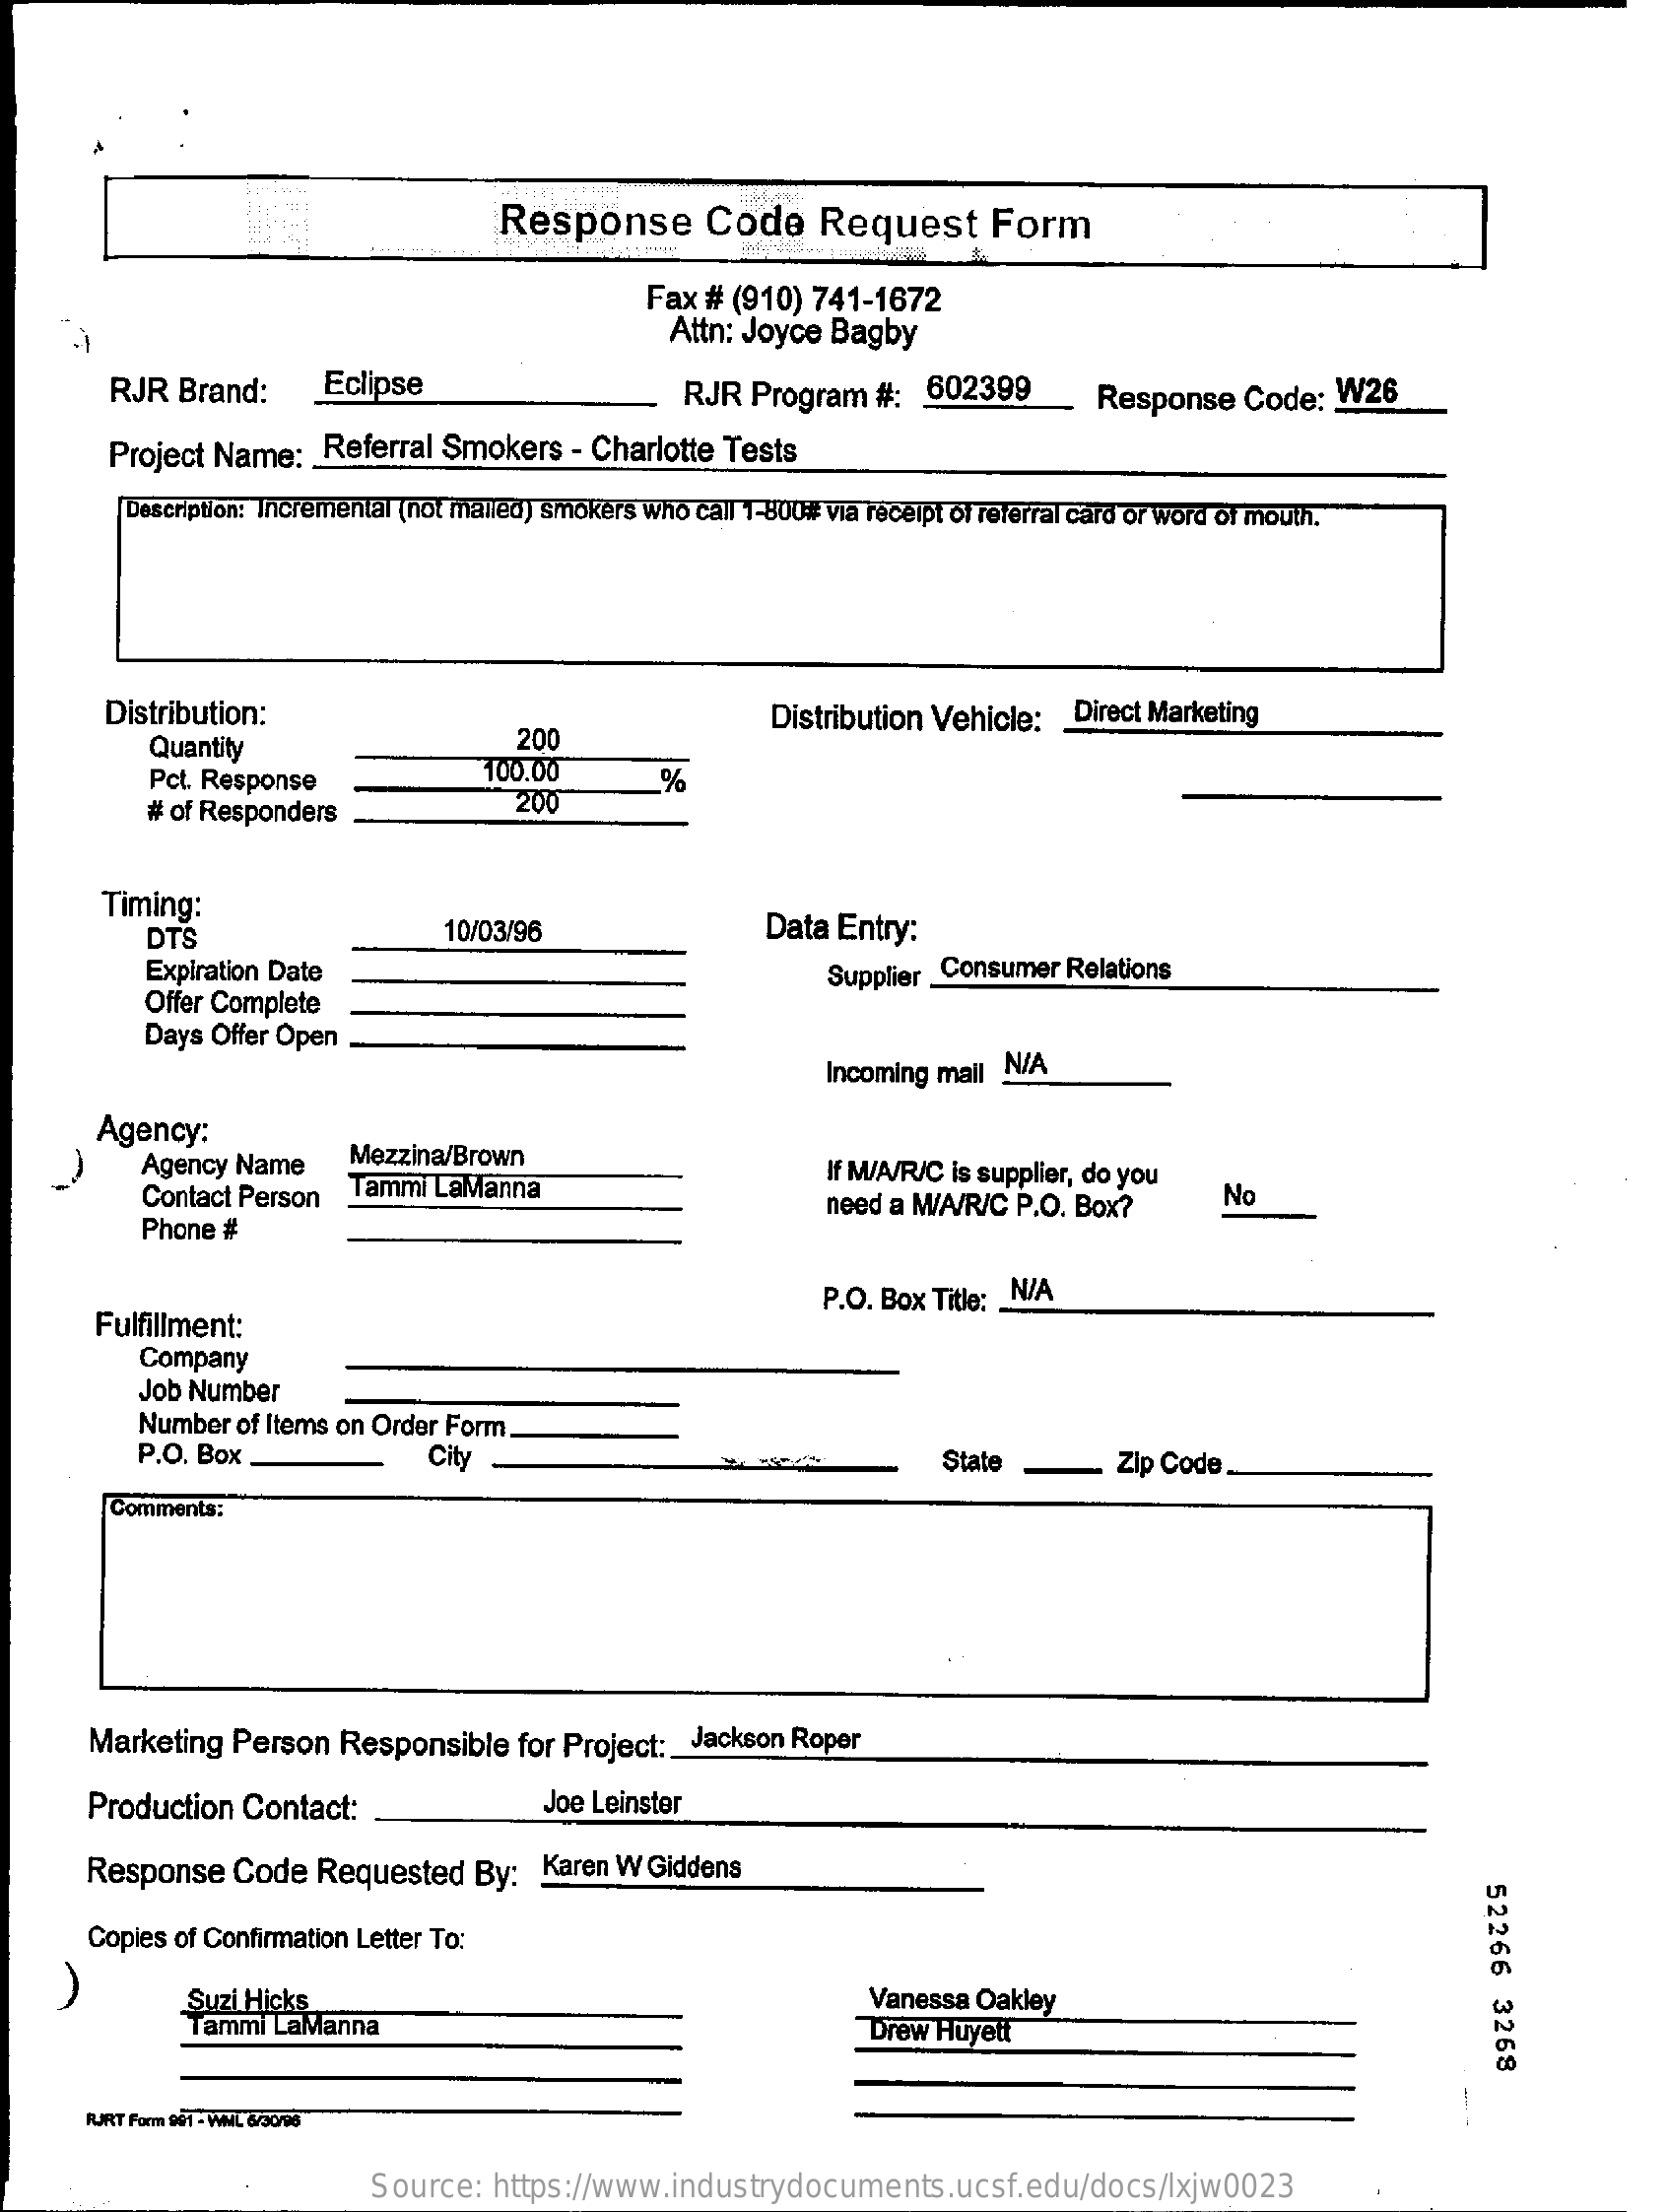
Response    Code    Request    Form
     Fax # (910) 741-1672
     Attn: Joyce Bagby
     RJR Brand:    Eclipse    RJR  Program   #:  602399    Response   Code:  W26
     Project Name:   Referral Smokers   - Charlotte Tests
     Description: Incremental (not malled) smokers who call 1-800# via receipt of referral card or word of mouth.
     Distribution:
     200
     Distribution Vehicle: _ Direct Marketing
     Quantity
     Pct. Response    100.00    %
     # of Responders    200
     Timing:
     DTS    10/03/96    Data  Entry:
     Expiration Date    Supplier Consumer Relations
     Offer Complete
     Days Offer Open
     Incoming mail N/A
     Agency:
     Agency Name    Mezzina/Brown
     Tammi LaManna
     If M/A/R/C is supplier, do you
     Contact Person
     Phone #
     need a M/A/R/C P.O. Box?    No
     Fulfillment:
     P.O. Box Title: _ N/A
     Company
     Job Number
     Number of Items on Order Form
     P.O. Box .    City    State    Zip Code
     Comments:
     Marketing  Person  Responsible  for Project: _ Jackson Roper
     Production  Contact:    Joe Leinster
     Response   Code  Requested   By:  Karen W  Giddens
     52266
     3268
     Copies of Confirmation Letter To:
     Suzi Hicks    Vanessa  Oakley
     Tammi LaManna    Drew Huyelt
     FURT Form 901 - WML 6/30/08
     Source:  https://www.industrydocuments.ucsf.edu/docs/lxjw0023